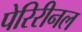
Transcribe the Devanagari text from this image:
पेरिरीनल